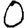
Digit: 0